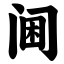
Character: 阃